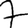
Digit: 7